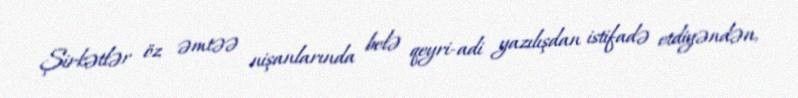
Şirkətlər öz əmtəə nişanlarında belə qeyri-adi yazılışdan istifadə etdiyəndən,